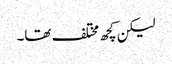
لیکن کچھ مختلف تھا۔